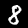
Digit: 8